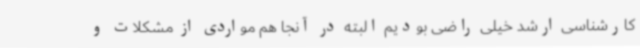
کارشناسی ارشد خیلی راضی بودیم البته در آنجا هم مواردی از مشکلات و